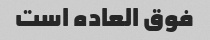
فوق العاده است